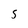
Character: 5